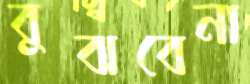
বুঝবেনা